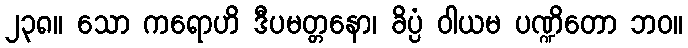
၂၃၈။ သော ကရောဟိ ဒီပမတ္တနော၊ ခိပ္ပံ ဝါယမ ပဏ္ဍိတော ဘဝ။